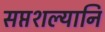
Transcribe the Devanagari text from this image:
सप्तशल्यानि